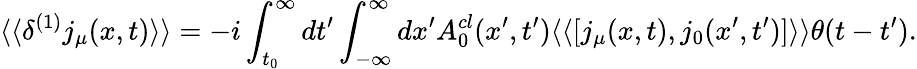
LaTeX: \langle\langle\delta^{(1)}j_{\mu}(x,t)\rangle\rangle=-i\int_{t_{0}}^{\infty}dt^{\prime}\int_{-\infty}^{\infty}dx^{\prime}A_{0}^{cl}(x^{\prime},t^{\prime})\langle\langle[j_{\mu}(x,t),j_{0}(x^{\prime},t^{\prime})]\rangle\rangle\theta(t-t^{\prime}).